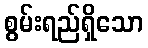
စွမ်းရည်ရှိသော